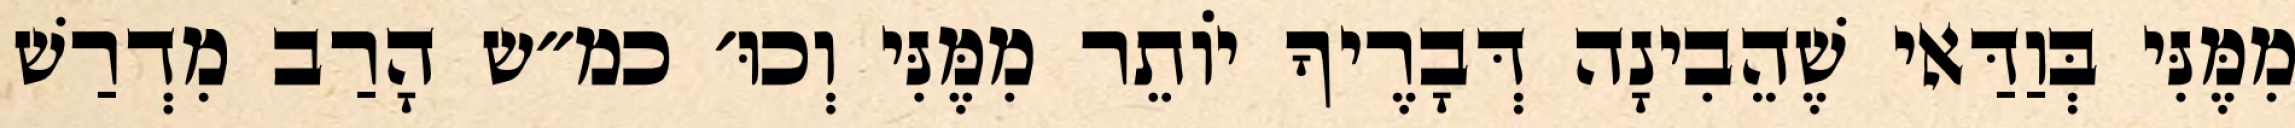
מִמֶּנִּי בְּוַדַּאי שֶׁהֵבִינָה דְּבָרֶיךָ יוֹתֵר מִמֶּנִּי וְכוּ׳ כמ״ש הָרַב מִדְרַשׁ